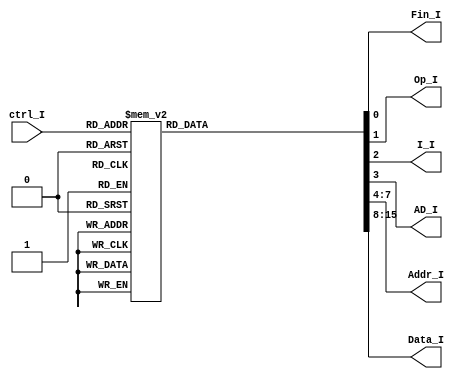
`timescale 1ns / 1ps
//////////////////////////////////////////////////////////////////////////////////
// Company: 
// 
// Design Name: 
// Module Name:    deco_inicializar 
// Project Name: 
// Target Devices: 
// Tool versions: 
// Description: 
//
// Dependencies: 
//
// Revision: 
// Revision 0.01 - File Created
// Additional Comments: 
//
//////////////////////////////////////////////////////////////////////////////////
module deco_inicializar(
	input wire [3:0] ctrl_I,
	output reg Fin_I,Op_I,I_I,AD_I,
	output reg [3:0]Addr_I,
	output reg [7:0]Data_I
    );

always @* 
	
	case(ctrl_I)
	
		4'b0000: //a 
			begin		
			Fin_I=0;
			Op_I=0;
			I_I=0;
			AD_I=0;
			Addr_I=4'b0000;
			Data_I=8'b00000000;
			end
		
		4'b0001: //b 
			begin		
			Fin_I=0;
			Op_I=1;
			I_I=1;
			AD_I=0;
			Addr_I=4'b0010;
			Data_I=8'b00010000;
			end
			
		4'b0010: //c 
			begin		
			Fin_I=0;
			Op_I=1;
			I_I=1;
			AD_I=1;
			Addr_I=4'b0010;
			Data_I=8'b00010000;
			end
		
		4'b0011: //d 
			begin		
			Fin_I=0;
			Op_I=1;
			I_I=1;
			AD_I=0;
			Addr_I=4'b0010;
			Data_I=8'b00000000;
			end
			
		4'b0100: //e 
			begin		
			Fin_I=0;
			Op_I=1;
			I_I=1;
			AD_I=1;
			Addr_I=4'b0010;
			Data_I=8'b00000000;
			end
			
		4'b0101: //f 
			begin		
			Fin_I=0;
			Op_I=1;
			I_I=1;
			AD_I=0;
			Addr_I=4'b0011;
			Data_I=8'b11010010;
			end
		
		4'b0110: //g 
			begin		
			Fin_I=0;
			Op_I=1;
			I_I=1;
			AD_I=1;
			Addr_I=4'b0011;
			Data_I=8'b11010010;
			end
			
		4'b0111: //h 
			begin		
			Fin_I=0;
			Op_I=1;
			I_I=1;
			AD_I=0;
			Addr_I=4'b0000;
			Data_I=8'b00000000;
			end
		
		4'b1000: //i 
			begin		
			Fin_I=0;
			Op_I=1;
			I_I=1;
			AD_I=1;
			Addr_I=4'b0000;
			Data_I=8'b00000000;
			end
			
		4'b1001: //j 
			begin		
			Fin_I=1;
			Op_I=0;
			I_I=0;
			AD_I=0;
			Addr_I=4'b0000;
			Data_I=8'b00000000;
			end
		
		4'b1010: //k 
			begin		
			Fin_I=0;
			Op_I=1;
			I_I=1;
			AD_I=0;
			Addr_I=4'b0001;
			Data_I=8'b00000100;
			end
		
		4'b1011: //l 
			begin		
			Fin_I=0;
			Op_I=1;
			I_I=1;
			AD_I=1;
			Addr_I=4'b0001;
			Data_I=8'b00000100;
			end
		
		default:
			begin		
			Fin_I=1;
			Op_I=1;
			I_I=0;
			AD_I=0;
			Addr_I=4'b0000;
			Data_I=8'b00000000;
			end
		endcase
		
endmodule